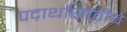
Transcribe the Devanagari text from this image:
पदार्थांसाठीचे